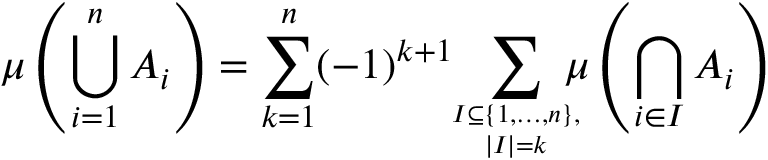
\mu \left( \bigcup _ { i = 1 } ^ { n } A _ { i } \right) = \sum _ { k = 1 } ^ { n } ( - 1 ) ^ { k + 1 } \! \! \sum _ { I \subseteq \{ 1 , \dotsc , n \} , \atop | I | = k } \! \! \! \! \mu \left( \bigcap _ { i \in I } A _ { i } \right)